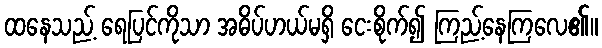
ထနေသည့် ရေပြင်ကိုသာ အဓိပ်ပာယ်မရှိ ငေးစိုက်၍ ကြည့်နေကြလေ၏။